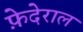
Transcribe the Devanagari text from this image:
फ़ेदेराल